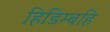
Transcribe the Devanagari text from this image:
हिडिम्बहि